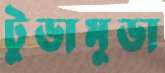
টুডামুডা